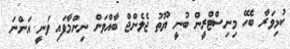
ކުޅިވަރާ ބެހޭ މިނިސްޓްރީން ބުނީ ޔޫތު ޖެލެންޖް ބާއްވަން ނިންމާފައި ވަނީ އަންނަ